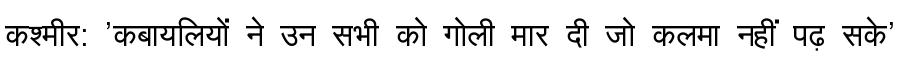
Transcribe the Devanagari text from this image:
कश्मीर: 'कबायलियों ने उन सभी को गोली मार दी जो कलमा नहीं पढ़ सके'